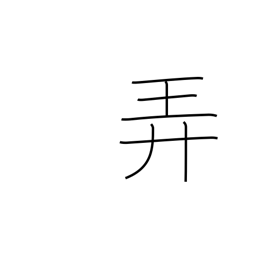
Meaning: trifle with